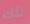
تلك